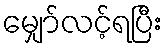
မျှော်လင့်ရပြီး